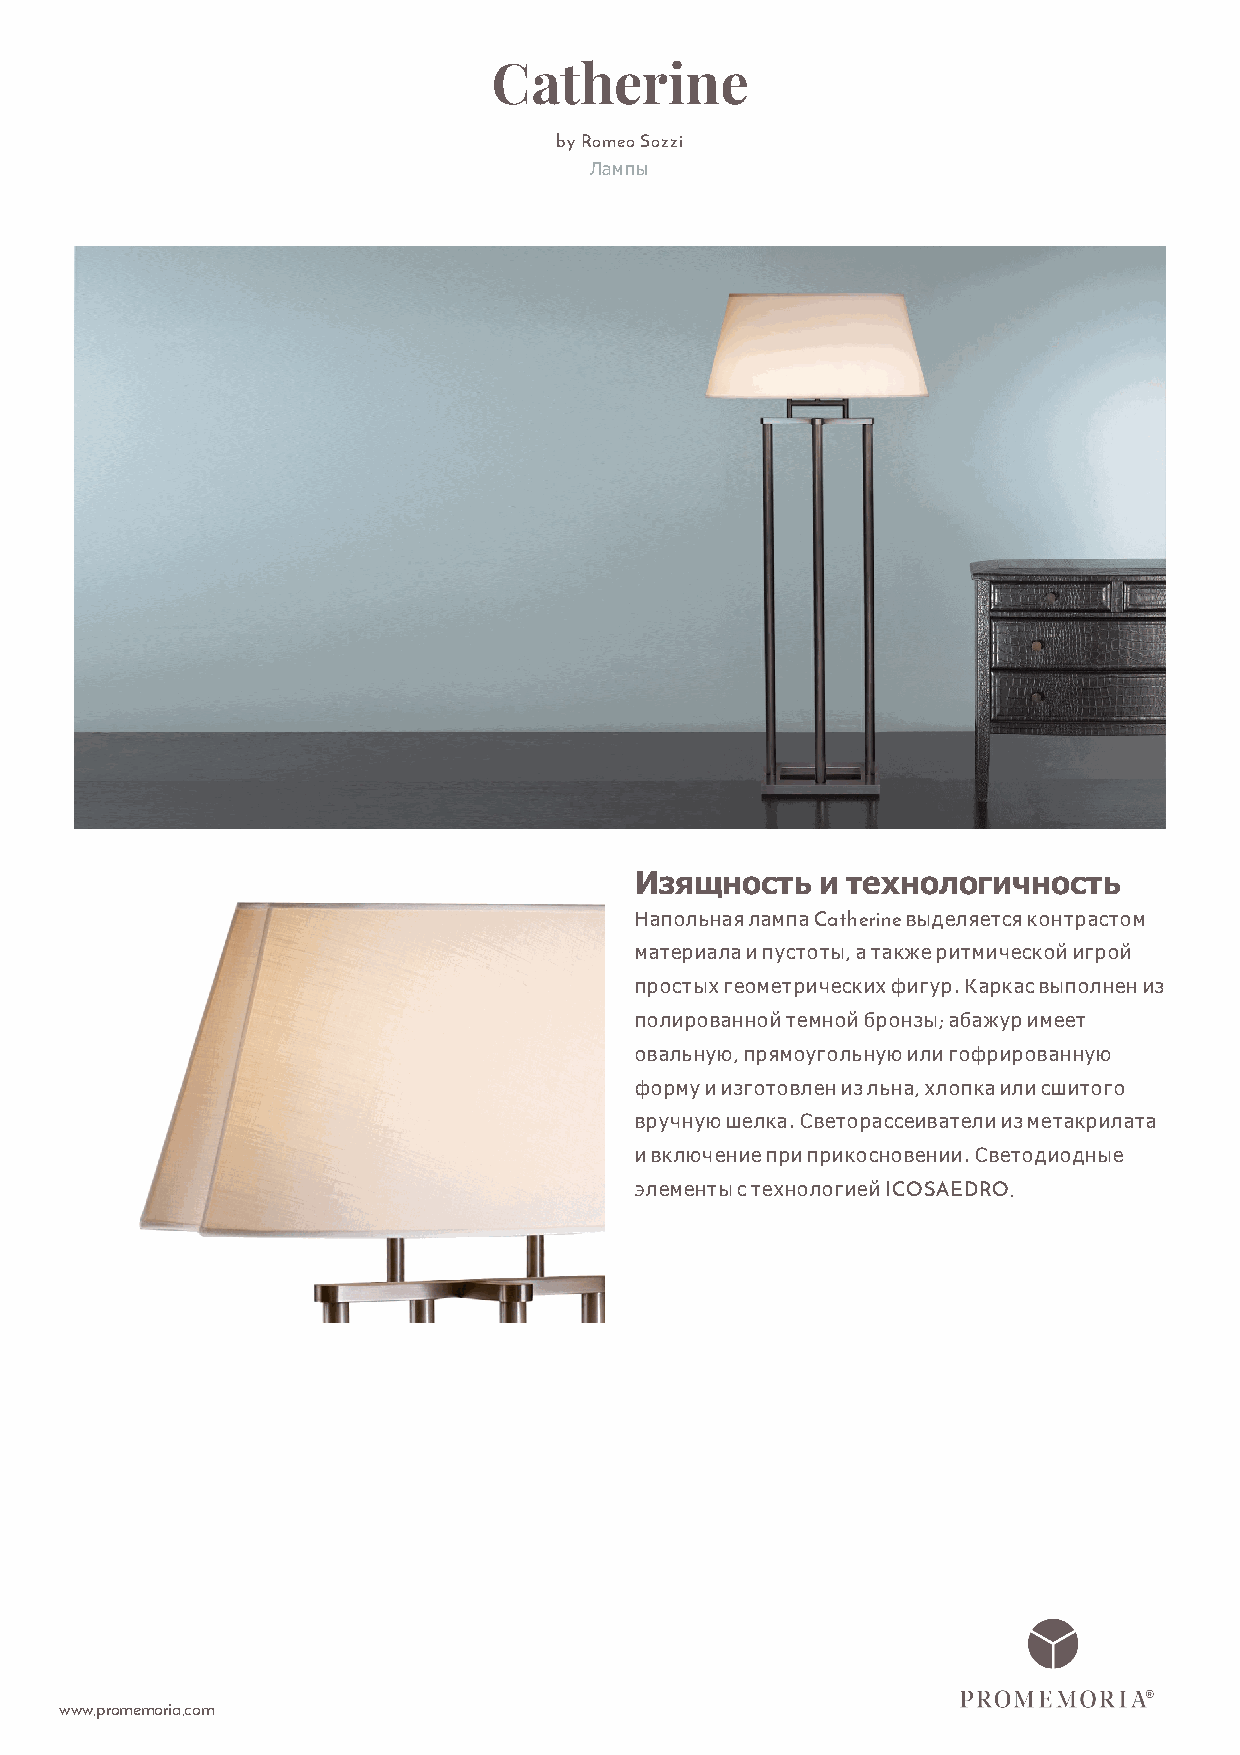
Catherine
 by Romeo Sozzi
 Лампы
 Изящность   и технологичность
 Напольная лампа Catherine выделяется контрастом
 материала и пустоты, а также ритмической игрой
 простых геометрических фигур. Каркас выполнен из
 полированной темной бронзы; абажур имеет
 овальную, прямоугольную или гофрированную
 форму и изготовлен из льна, хлопка или сшитого
 вручную шелка. Светорассеиватели из метакрилата
 и включение при прикосновении. Светодиодные
 элементы с технологией ICOSAEDRO.
 www.promemoria.com